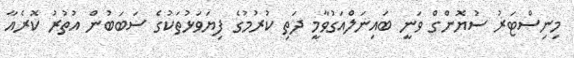
މިނިސްޓަރު ސުޔޮންގް ވަނީ ބައިނަލްއަގުވާމީ ދަތި ކުރުމުގެ ފިޔަވަޅުތަކުގެ ސަބަބުން އުތުރު ކޮރެއާ